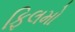
ફિલમો